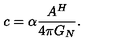
c = \alpha \frac { A ^ { H } } { 4 \pi G _ { N } } .